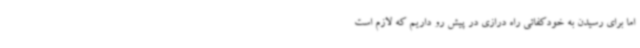
اما برای رسیدن به خودکفائی راه درازی در پیش رو داریم که لازم است